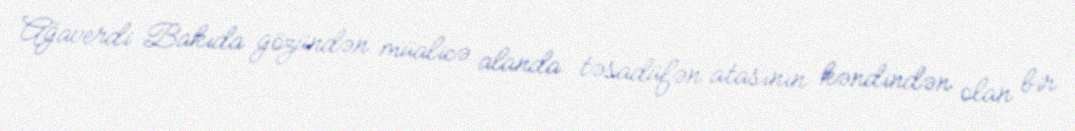
Ağaverdi Bakıda gözündən müalicə alanda təsadüfən atasının kəndindən olan bir